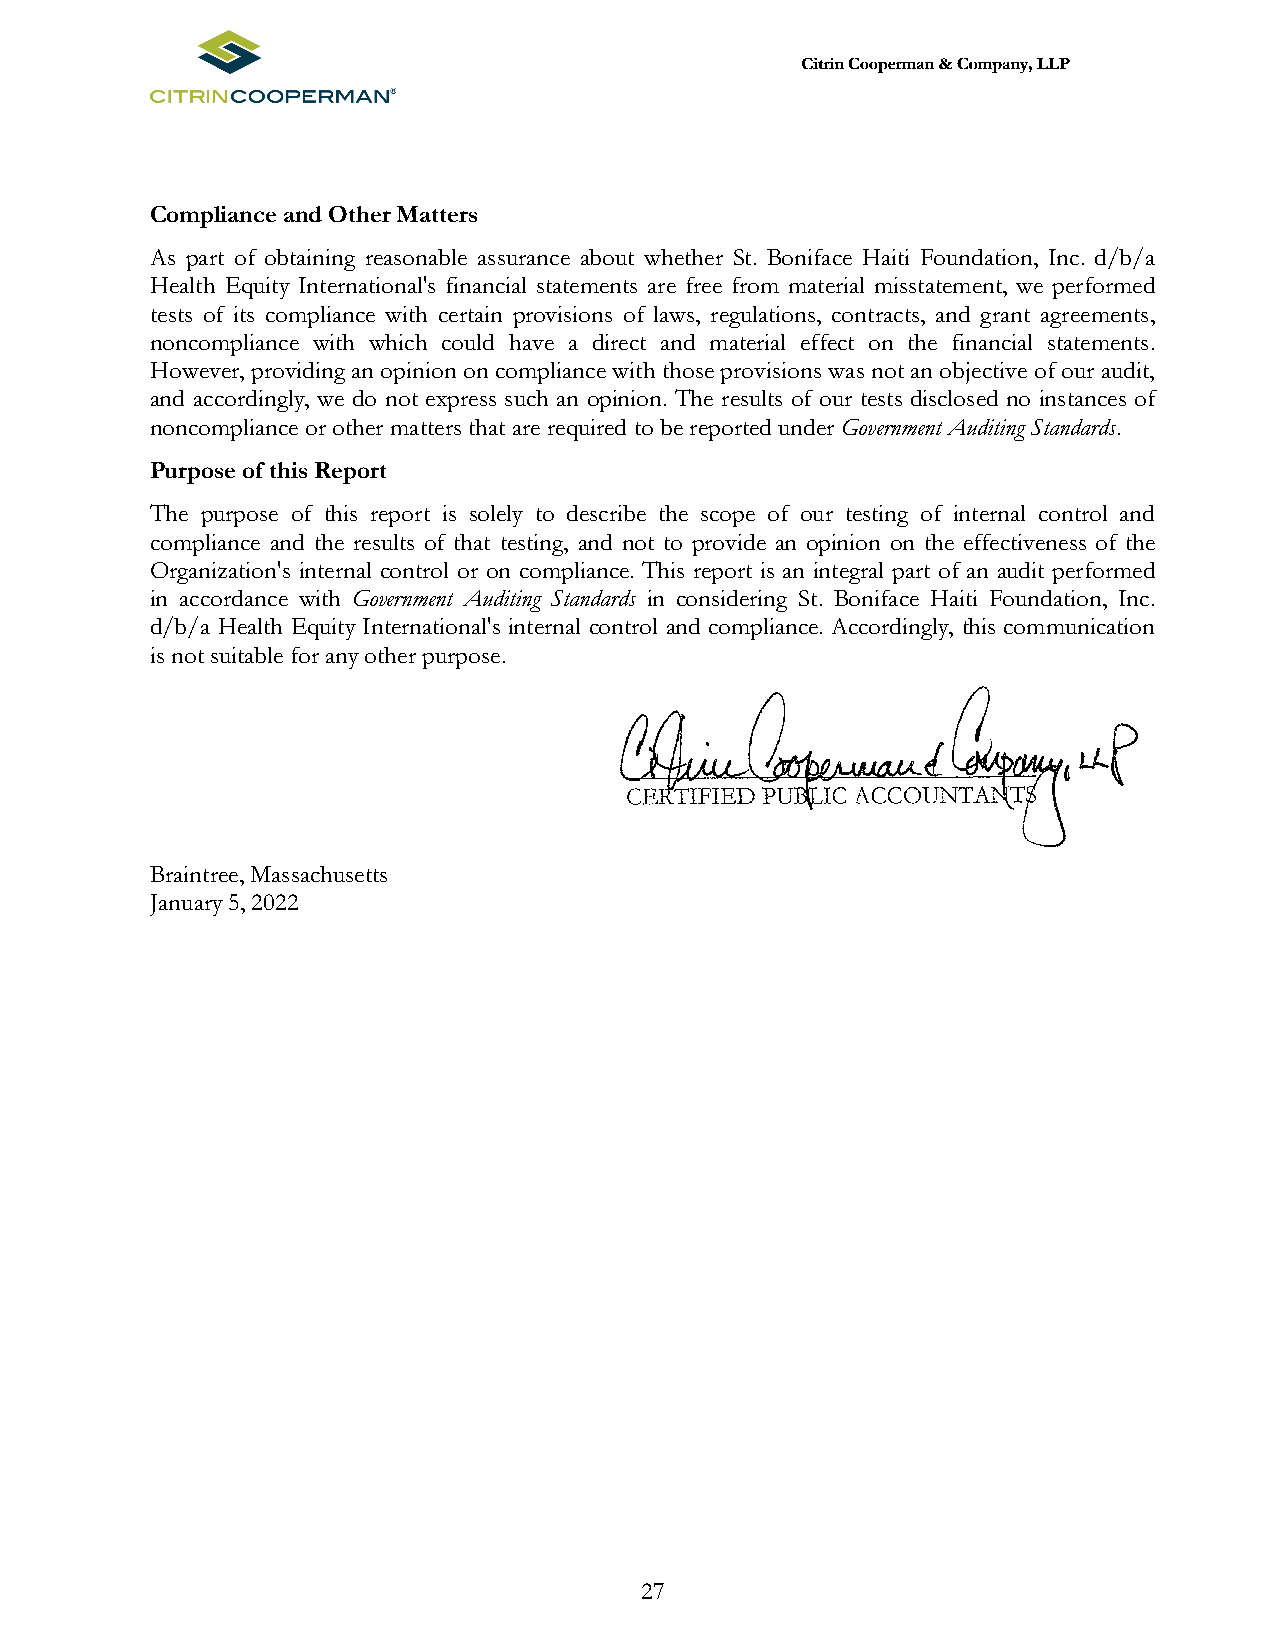
Compliance and Other Matters
 As part of obtaining reasonable assurance about whether St. Boniface Haiti Foundation, Inc. d/b/a
 Health Equity International's financial statements are free from material misstatement, we performed
 tests of its compliance with certain provisions of laws, regulations, contracts, and grant agreements,
 noncompliance with which could have a direct and material effect on the financial statements.
 However, providing an opinion on compliance with those provisions was not an objective of our audit,
 and accordingly, we do not express such an opinion. The results of our tests disclosed no instances of
 noncompliance or other matters that are required to be reported under Government Auditing Standards.
 Purpose of this Report
 The purpose of this report is solely to describe the scope of our testing of internal control and
 compliance and the results of that testing, and not to provide an opinion on the effectiveness of the
 Organization's internal control or on compliance. This report is an integral part of an audit performed
 in accordance with Government Auditing Standards in considering St. Boniface Haiti Foundation, Inc.
 d/b/a Health Equity International's internal control and compliance. Accordingly, this communication
 is not suitable for any other purpose.
 Braintree, Massachusetts
 January 5, 2022
 27